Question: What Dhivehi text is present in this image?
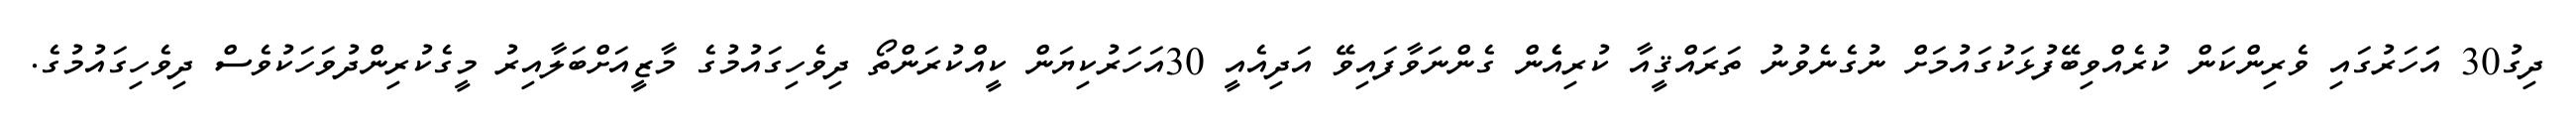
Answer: ދިގު30 އަަހަރުގައި ވެރިންކަން ކުރެއްވިބޭފުޅަކުގައުމަށް ނުގެނެވުނު ތަރައްޤީއާ ކުރިއެެން ގެންނަވާފައިވޭ އަދިއެއީ 30އަހަރުކިޔަން ކީއްކުރަންތޯ ދިވެހިގައުމުގެ މާޒީއަށްބަލާއިރު މީގެކުރިންދުވަހަކުވެސް ދިވެހިގައުމުގެ.